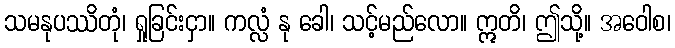
သမနုပဿိတုံ၊ ရှုခြင်းငှာ။ ကလ္လံ နု ခေါ၊ သင့်မည်လော။ ဣတိ၊ ဤသို့။ အဝေါစ၊